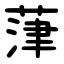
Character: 葏